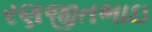
રણજીતભાઇ